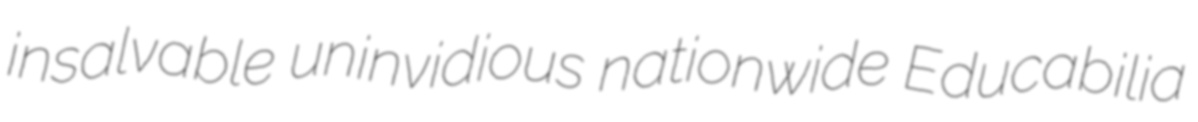
insalvable uninvidious nationwide Educabilia